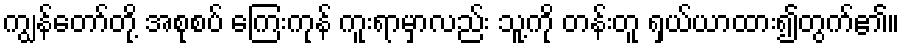
ကျွန်တော်တို့ အစုစပ် ကြေးကုန် ကူးရာမှာလည်း သူ့ကို တန်းတူ ရှယ်ယာထား၍တွက်၏။